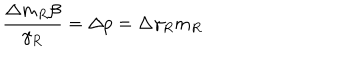
\frac { \Delta m _ { R } \beta } { \gamma _ { R } } = \Delta p = \Delta \gamma _ { R } m _ { R }